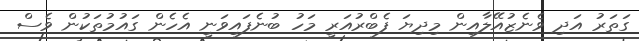
ގަތަރު އަދި ވެނެޒުއޭލާއިން މިދިޔަ ފެބްރުއަރީ މަހު ބުނެފައިވަނީ އެހެން ގައުމުތަކުން ވެސް